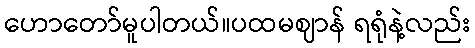
ဟောတော်မူပါတယ်။ပထမဈာန် ရရုံနဲ့လည်း